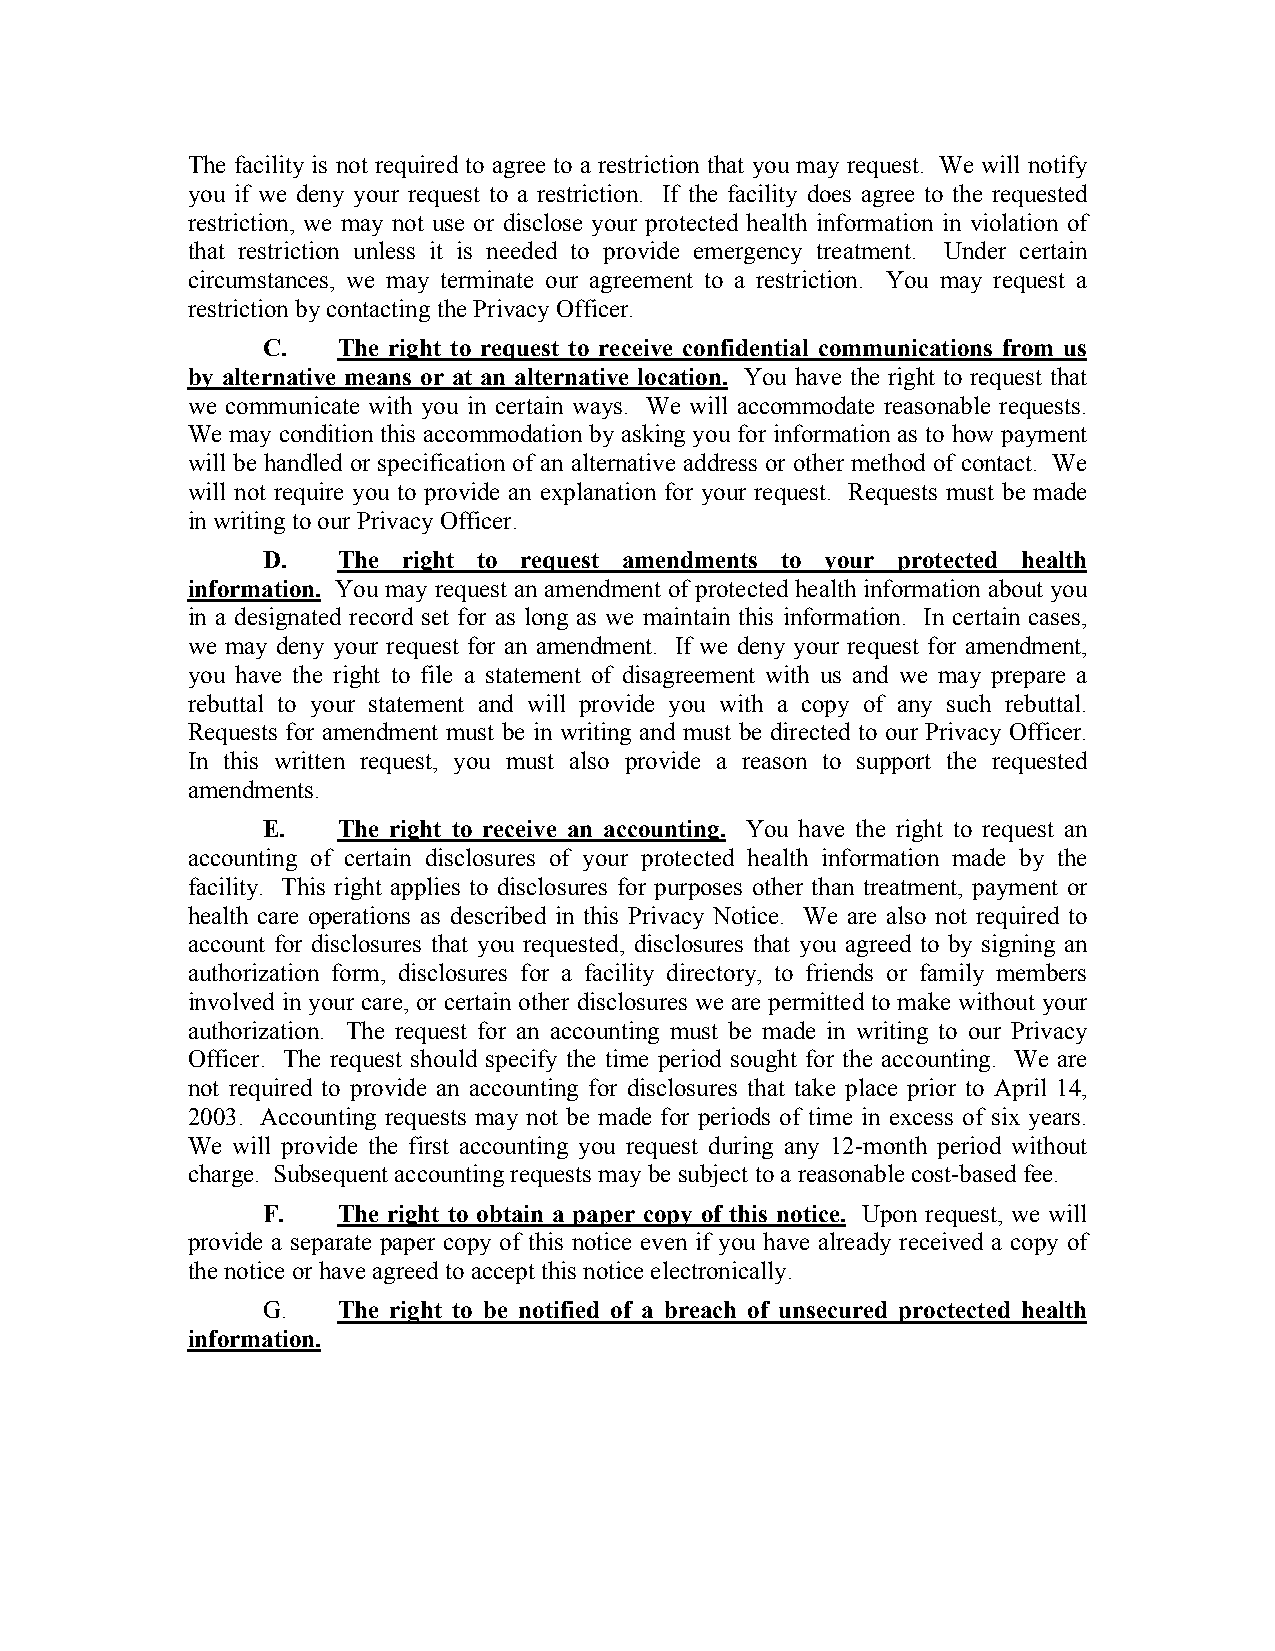
The facility is not required to agree to a restriction that you may request. We will notify
 you if we deny your request to a restriction. If the facility does agree to the requested
 restriction, we may not use or disclose your protected health information in violation of
 that restriction unless it is needed to provide emergency treatment. Under certain
 circumstances, we may terminate our agreement to a restriction. You may request a
 restriction by contacting the Privacy Officer.
 C.   The right to request to receive confidential communications from us
 by alternative means or at an alternative location. You have the right to request that
 we communicate with you in certain ways. We will accommodate reasonable requests.
 We may condition this accommodation by asking you for information as to how payment
 will be handled or specification of an alternative address or other method of contact. We
 will not require you to provide an explanation for your request. Requests must be made
 in writing to our Privacy Officer.
 D.   The  right to request amendments to your protected health
 information. You may request an amendment of protected health information about you
 in a designated record set for as long as we maintain this information. In certain cases,
 we may deny your request for an amendment. If we deny your request for amendment,
 you have the right to file a statement of disagreement with us and we may prepare a
 rebuttal to your statement and will provide you with a copy of any such rebuttal.
 Requests for amendment must be in writing and must be directed to our Privacy Officer.
 In this written request, you must also provide a reason to support the requested
 amendments.
 E.   The right to receive an accounting. You have the right to request an
 accounting of certain disclosures of your protected health information made by the
 facility. This right applies to disclosures for purposes other than treatment, payment or
 health care operations as described in this Privacy Notice. We are also not required to
 account for disclosures that you requested, disclosures that you agreed to by signing an
 authorization form, disclosures for a facility directory, to friends or family members
 involved in your care, or certain other disclosures we are permitted to make without your
 authorization. The request for an accounting must be made in writing to our Privacy
 Officer. The request should specify the time period sought for the accounting. We are
 not required to provide an accounting for disclosures that take place prior to April 14,
 2003. Accounting requests may not be made for periods of time in excess of six years.
 We will provide the first accounting you request during any 12-month period without
 charge. Subsequent accounting requests may be subject to a reasonable cost-based fee.
 F.   The right to obtain a paper copy of this notice. Upon request, we will
 provide a separate paper copy of this notice even if you have already received a copy of
 the notice or have agreed to accept this notice electronically.
 G.   The right to be notified of a breach of unsecured proctected health
 information.